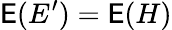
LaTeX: \mathsf E(E^{\prime})=\mathsf E(H)